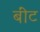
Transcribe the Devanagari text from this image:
बींट